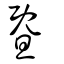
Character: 曁